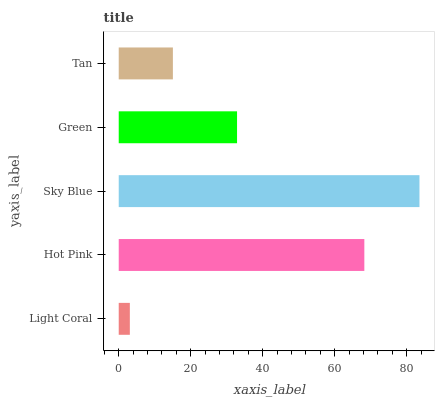
| yaxis_label | bars |
 | --- | --- |
 | Light Coral | 3.09 |
 | Hot Pink | 68.2 |
 | Sky Blue | 83.5 |
 | Green | 32.9 |
 | Tan | 15.1 |